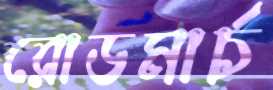
রোডমার্চ